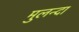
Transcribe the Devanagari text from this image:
मुलन्दा